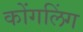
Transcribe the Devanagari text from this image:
कोंगलिंग